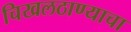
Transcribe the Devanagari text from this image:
चिखलठाण्याचा